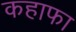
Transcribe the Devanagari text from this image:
कहाफा